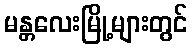
မန္တလေးမြို့များတွင်